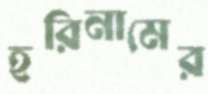
হরিনামের